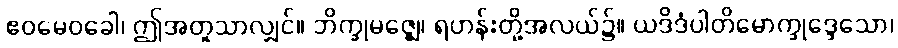
ဧဝမေဝခေါ၊ ဤအတူသာလျှင်။ ဘိက္ခုမဇ္ဈေ၊ ရဟန်းတို့အလယ်၌။ ယဒိဒံပါတိမောက္ခုဒ္ဒေသော၊